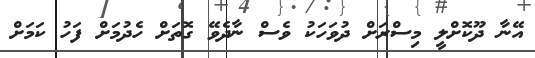
އޭނާ ދޫކޮށްލީ މިސްރަށް ދުވަހަކު ވެސް ނާދެވޭ ގޮތަށް ހެދުމަށް ފަހު ކަމަށް